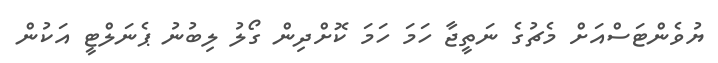
ޔުވެންޓަސްއަށް މެޗުގެ ނަތީޖާ ހަމަ ހަމަ ކޮށްދިން ގޯލު ލިބުނު ޕެނަލްޓީ އަކުން